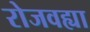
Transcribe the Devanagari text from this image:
रोजवह्या